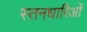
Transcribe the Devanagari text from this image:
स्तनधारिओं